Report of the Municipal Commissioner on the plague in Bombay for the year ending 31st May... - Volume 3
Disease focus: Plague
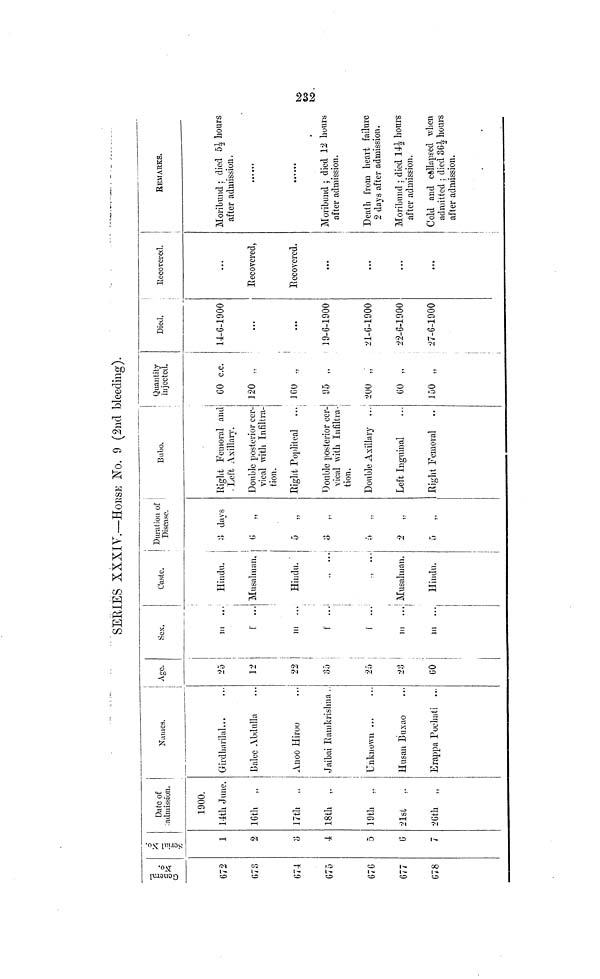
SERIES XXXIV.—HORSE No. 9 (2nd bleeding).
General No.
672
673
674
675
676
677
678
Serial No.
1
2
3
4
5
6
7
Date of
admission.
1900.
11th June.
16th ,,
17th ..
18th ,.
19th ,.
21st ,.
26th „
Names.
Girdharilal...
J3alee Abdulla
Anoo Hiroo
Jaibai Ramkrishna ..
Unknown ...
Husan Buxao
Erappa Pochati ...
Age.
25
12
22
35
20
23
60
Sex.
111
f
...
111 ...
f
...
f
...
111
1.1
...
Caste.
Hindu.
Musalman.
Hindu.
,, ...
...
Musalman.
Hindu.
Duration of
Disease.
3 days
6 „
5 ,,
3 ,,
Bubo.
Right Femoral and
Left Axillary.
Double posterior cer-
vical with Infiltra-
tion.
Right Popliteal ...
Double posterior cer-
vical with Infiltra-
tion.
Double Axillary ...
Left Inguinal
Right Femoral
Quantity
injected.
60 c.c.
120 „
160 .,
95 „
200 „
60 „
150 „
Died.
14-6-1900
...
19-6-1900
21-6-1900
22-6-1900
27-6-1900
Recovered.
Recovered,
Recovered.
...
REMARKS.
Moribund ; died 51/2 hours
after admission.
Moribund ; died 12 hours
after admission.
Death from heart failure
2 days after admission.
Moribund ; died 141/2 hours
after admission.
Cold and collapsed when
admitted : died 361/2 hours
after admission.
232